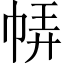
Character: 𢃈